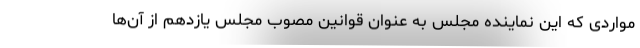
مواردی که این نماینده مجلس به عنوان قوانین مصوب مجلس یازدهم از آن‌ها